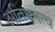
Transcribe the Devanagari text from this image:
अतिघनत्व